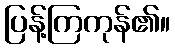
ပြန့်ကြကုန်၏။